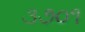
૩૭૦૧